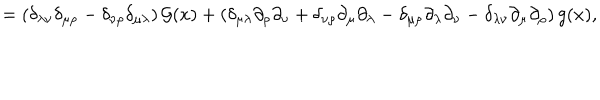
= \left( \delta _ { \lambda \nu } \delta _ { \mu \rho } - \delta _ { \nu \rho } \delta _ { \mu \lambda } \right) { \cal G } ( x ) + \left( \delta _ { \mu \lambda } \partial _ { \rho } \partial _ { \nu } + \delta _ { \nu \rho } \partial _ { \mu } \partial _ { \lambda } - \delta _ { \mu \rho } \partial _ { \lambda } \partial _ { \nu } - \delta _ { \lambda \nu } \partial _ { \mu } \partial _ { \rho } \right) g ( x ) ,